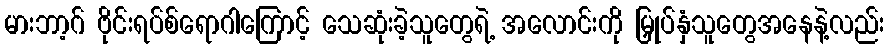
မားဘာ့ဂ် ဗိုင်းရပ်စ်ရောဂါကြောင့် သေဆုံးခဲ့သူတွေရဲ့ အလောင်းကို မြှုပ်နှံသူတွေအနေနဲ့လည်း